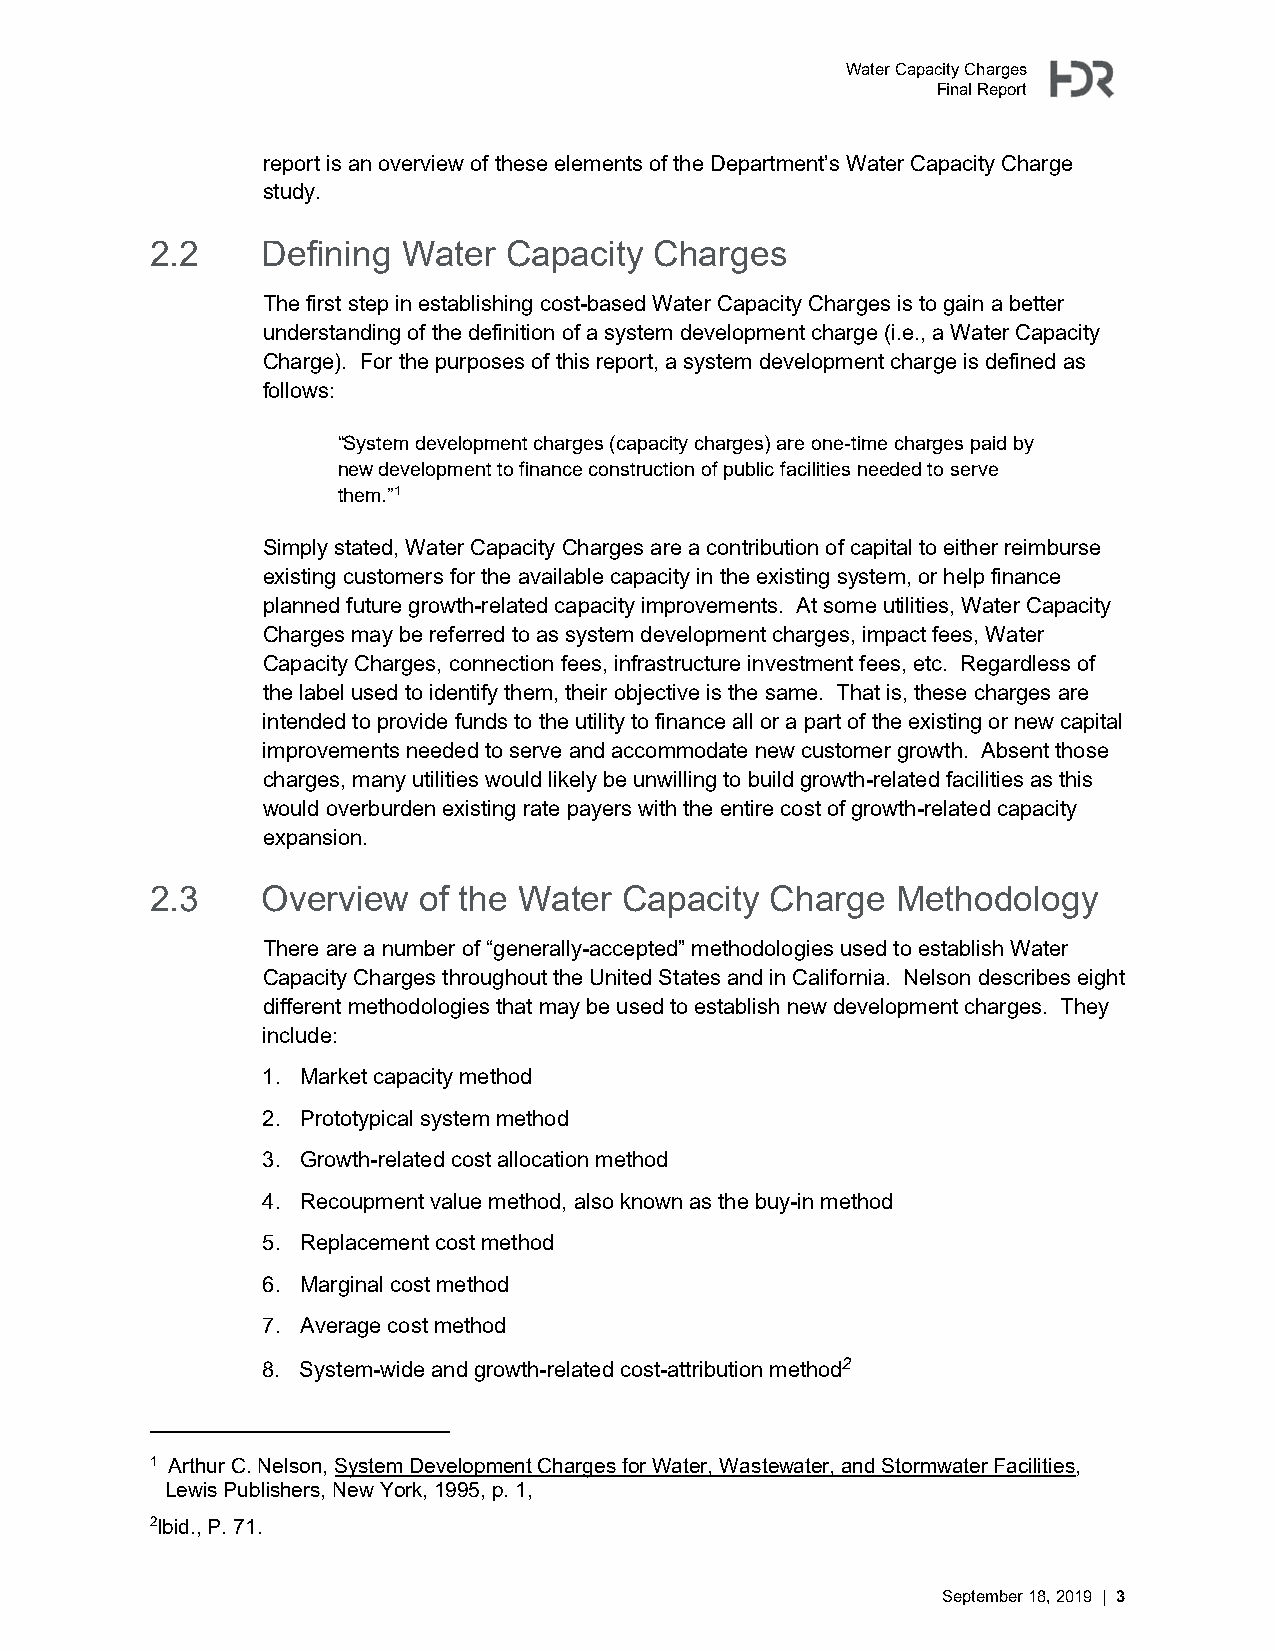
Water Capacity Charges
 Final Report
 report is an overview of these elements of the Department’s Water Capacity Charge
 study.
 2.2    Defining  Water  Capacity Charges
 The first step in establishing cost-based Water Capacity Charges is to gain a better
 understanding of the definition of a system development charge (i.e., a Water Capacity
 Charge). For the purposes of this report, a system development charge is defined as
 follows:
 “System development charges (capacity charges) are one-time charges paid by
 new development to finance construction of public facilities needed to serve
 them.”1
 Simply stated, Water Capacity Charges are a contribution of capital to either reimburse
 existing customers for the available capacity in the existing system, or help finance
 planned future growth-related capacity improvements. At some utilities, Water Capacity
 Charges may be referred to as system development charges, impact fees, Water
 Capacity Charges, connection fees, infrastructure investment fees, etc. Regardless of
 the label used to identify them, their objective is the same. That is, these charges are
 intended to provide funds to the utility to finance all or a part of the existing or new capital
 improvements needed to serve and accommodate new customer growth. Absent those
 charges, many utilities would likely be unwilling to build growth-related facilities as this
 would overburden existing rate payers with the entire cost of growth-related capacity
 expansion.
 2.3    Overview   of the Water Capacity  Charge  Methodology
 There are a number of “generally-accepted” methodologies used to establish Water
 Capacity Charges throughout the United States and in California. Nelson describes eight
 different methodologies that may be used to establish new development charges. They
 include:
 1. Market capacity method
 2. Prototypical system method
 3. Growth-related cost allocation method
 4. Recoupment value method, also known as the buy-in method
 5. Replacement cost method
 6. Marginal cost method
 7. Average cost method
 8. System-wide and growth-related cost-attribution method2
 1 Arthur C. Nelson, System Development Charges for Water, Wastewater, and Stormwater Facilities,
 Lewis Publishers, New York, 1995, p. 1,
 2Ibid., P. 71.
 September 18, 2019 | 3